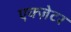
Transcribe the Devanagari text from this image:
एक्ज़ेटर